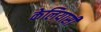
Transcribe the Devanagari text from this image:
केलियासी